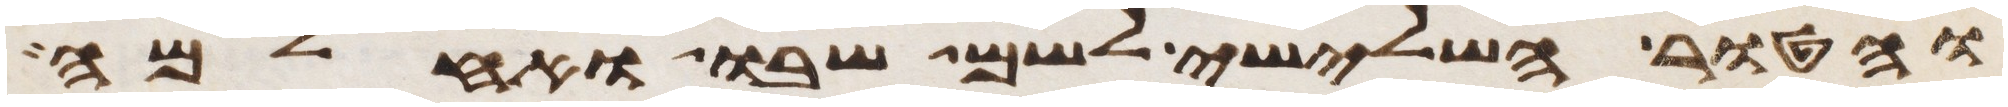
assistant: והטור השלישי לשם שבו ואחלמה